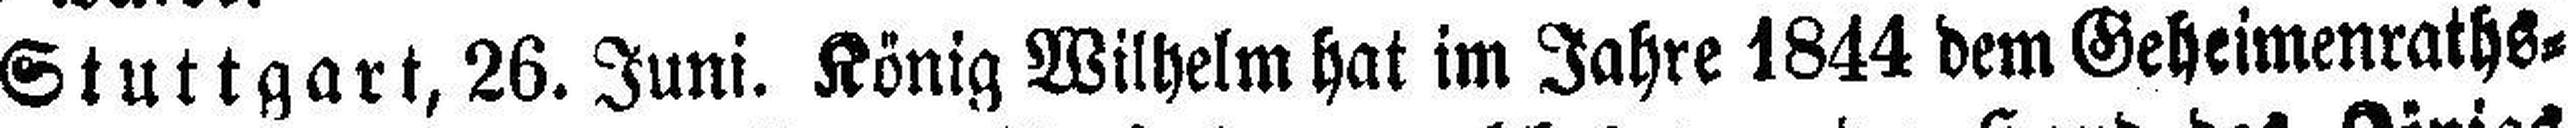
Stuttgart, 26. Juni. König Wilhelm hat im Jahre 1814 dem Geheimenraths=